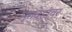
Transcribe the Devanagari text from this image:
मृतदेहांवर